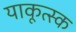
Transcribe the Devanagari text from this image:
याकूत्स्क